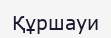
Құршауи